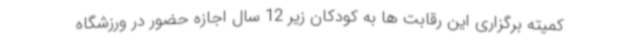
کمیته برگزاری این رقابت ها به کودکان زیر 12 سال اجازه حضور در ورزشگاه